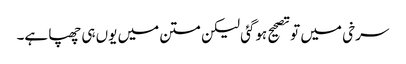
سرخی میں تو تصحیح ہوگئی لیکن متن میں یوں ہی چھپا ہے۔